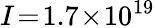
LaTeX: I\! =\! 1.7\! \times\! 10^{19}